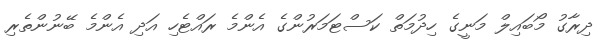
ދިރާގު މޯބައިލް މަނީގެ ހިދުމަތް ކަސްޓަމަރުންގެ އެންމެ ރައްޓެހި އަދި އެންމެ ބޭނުންތެރި